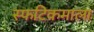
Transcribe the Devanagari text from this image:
स्फटिकमाला